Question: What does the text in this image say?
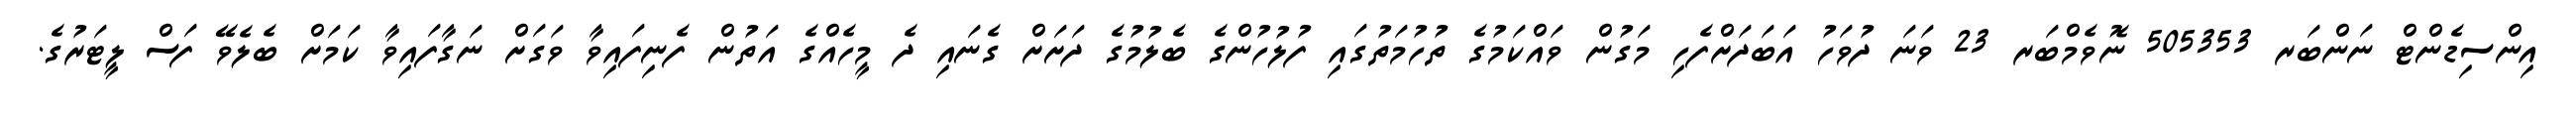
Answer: އިންސިޑެންޓް ނަންބަރ 505353 ނޮވެމްބަރ 23 ވަނަ ދުވަހު އަބަދަށްފެހި މަގުން ވައްކަމުގެ ތުހުމަތުގައި ފުލުހުންގެ ބެލުމުގެ ދަށަށް ގެނައި ދެ މީހެއްގެ އަތުން ފެނިފައިވާ ވަގަށް ނަގާފައިވާ ކަމަށް ބެލެވޭ ފަސް ލީޓަރުގެ.